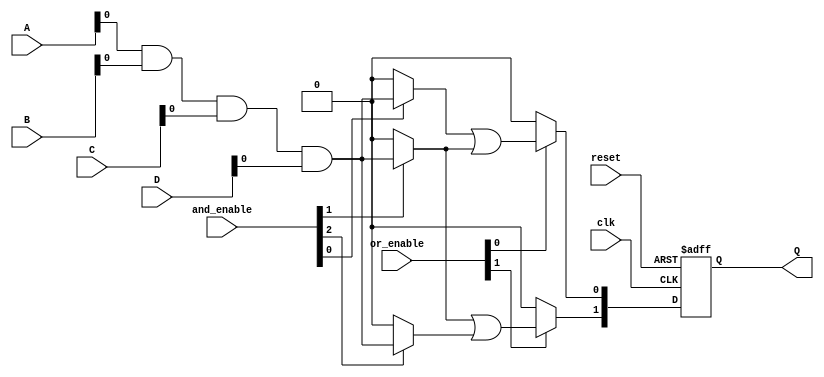
module RPAL #(
    parameter NUM_INPUTS = 4,      // Number of inputs (A, B, C, D)
    parameter NUM_AND_TERMS = 4,    // Number of AND terms
    parameter NUM_OR_TERMS = 2       // Number of OR terms
)(
    input wire [NUM_INPUTS-1:0] A,  // Input lines
    input wire [NUM_INPUTS-1:0] B,
    input wire [NUM_INPUTS-1:0] C,
    input wire [NUM_INPUTS-1:0] D,
    input wire clk,                  // Clock signal
    input wire reset,                // Reset signal
    input wire [NUM_AND_TERMS-1:0] and_enable, // Control signals for AND array
    input wire [NUM_OR_TERMS-1:0] or_enable,   // Control signals for OR array
    output reg [NUM_OR_TERMS-1:0] Q  // Registered outputs
);

// Internal wires for AND and OR outputs
wire [NUM_AND_TERMS-1:0] and_out;
wire [NUM_OR_TERMS-1:0] or_out;

// Programmable AND array
genvar i;
generate
    for (i = 0; i < NUM_AND_TERMS; i = i + 1) begin : and_array
        assign and_out[i] = (and_enable[i]) ? (A & B & C & D) : 1'b0; // Example logic
    end
endgenerate

// Programmable OR array
genvar j;
generate
    for (j = 0; j < NUM_OR_TERMS; j = j + 1) begin : or_array
        assign or_out[j] = (or_enable[j]) ? (and_out[j] | and_out[j+1]) : 1'b0; // Example logic
    end
endgenerate

// Registered outputs
always @(posedge clk or posedge reset) begin
    if (reset) begin
        Q <= 0; // Reset outputs
    end else begin
        Q <= or_out; // Capture OR outputs
    end
end

endmodule